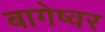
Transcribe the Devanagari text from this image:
बागेष्वर